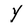
Character: Y